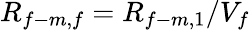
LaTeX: R_{f-m,f}=R_{f-m,1}/V_{f}